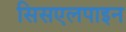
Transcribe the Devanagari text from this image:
सिसएलपाइन